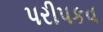
પરીપકવ